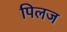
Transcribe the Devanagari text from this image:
पिलज